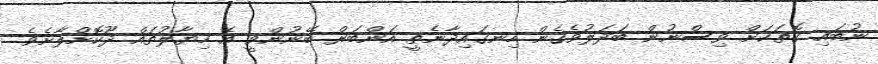
ނުބައި ގޮތަކަށް ވިސްނުން ބަދަލުވެގެން ހިނގައިދާނެތީ އަންބަރް ބޭނުންވީ އެ ހިޔާލުތައް ދޫކޮށްލާށެވެ.